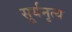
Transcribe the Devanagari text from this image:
सूर्यनृत्य